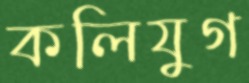
কলিযুগ